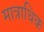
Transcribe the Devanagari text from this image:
मात्राधिक